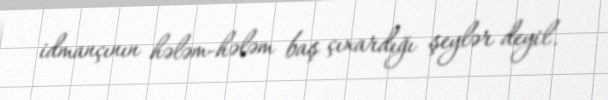
idmançının hələm-hələm baş çıxardığı şeylər deyil.